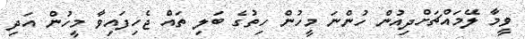
ވީމާ ލޭމައްޗަށްދިއުން ހުންނަ މީހުން ހިތުގެ ބަލި ތައް ޖެހިފައިވާ މީހުން އަދި